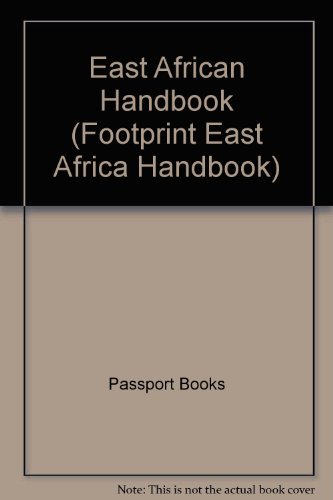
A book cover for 1995 East African Handbook: With Mauritius, Madagascar and Seychelles (Footprint East Africa Handbook); Travel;